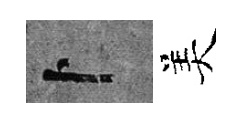
卜美